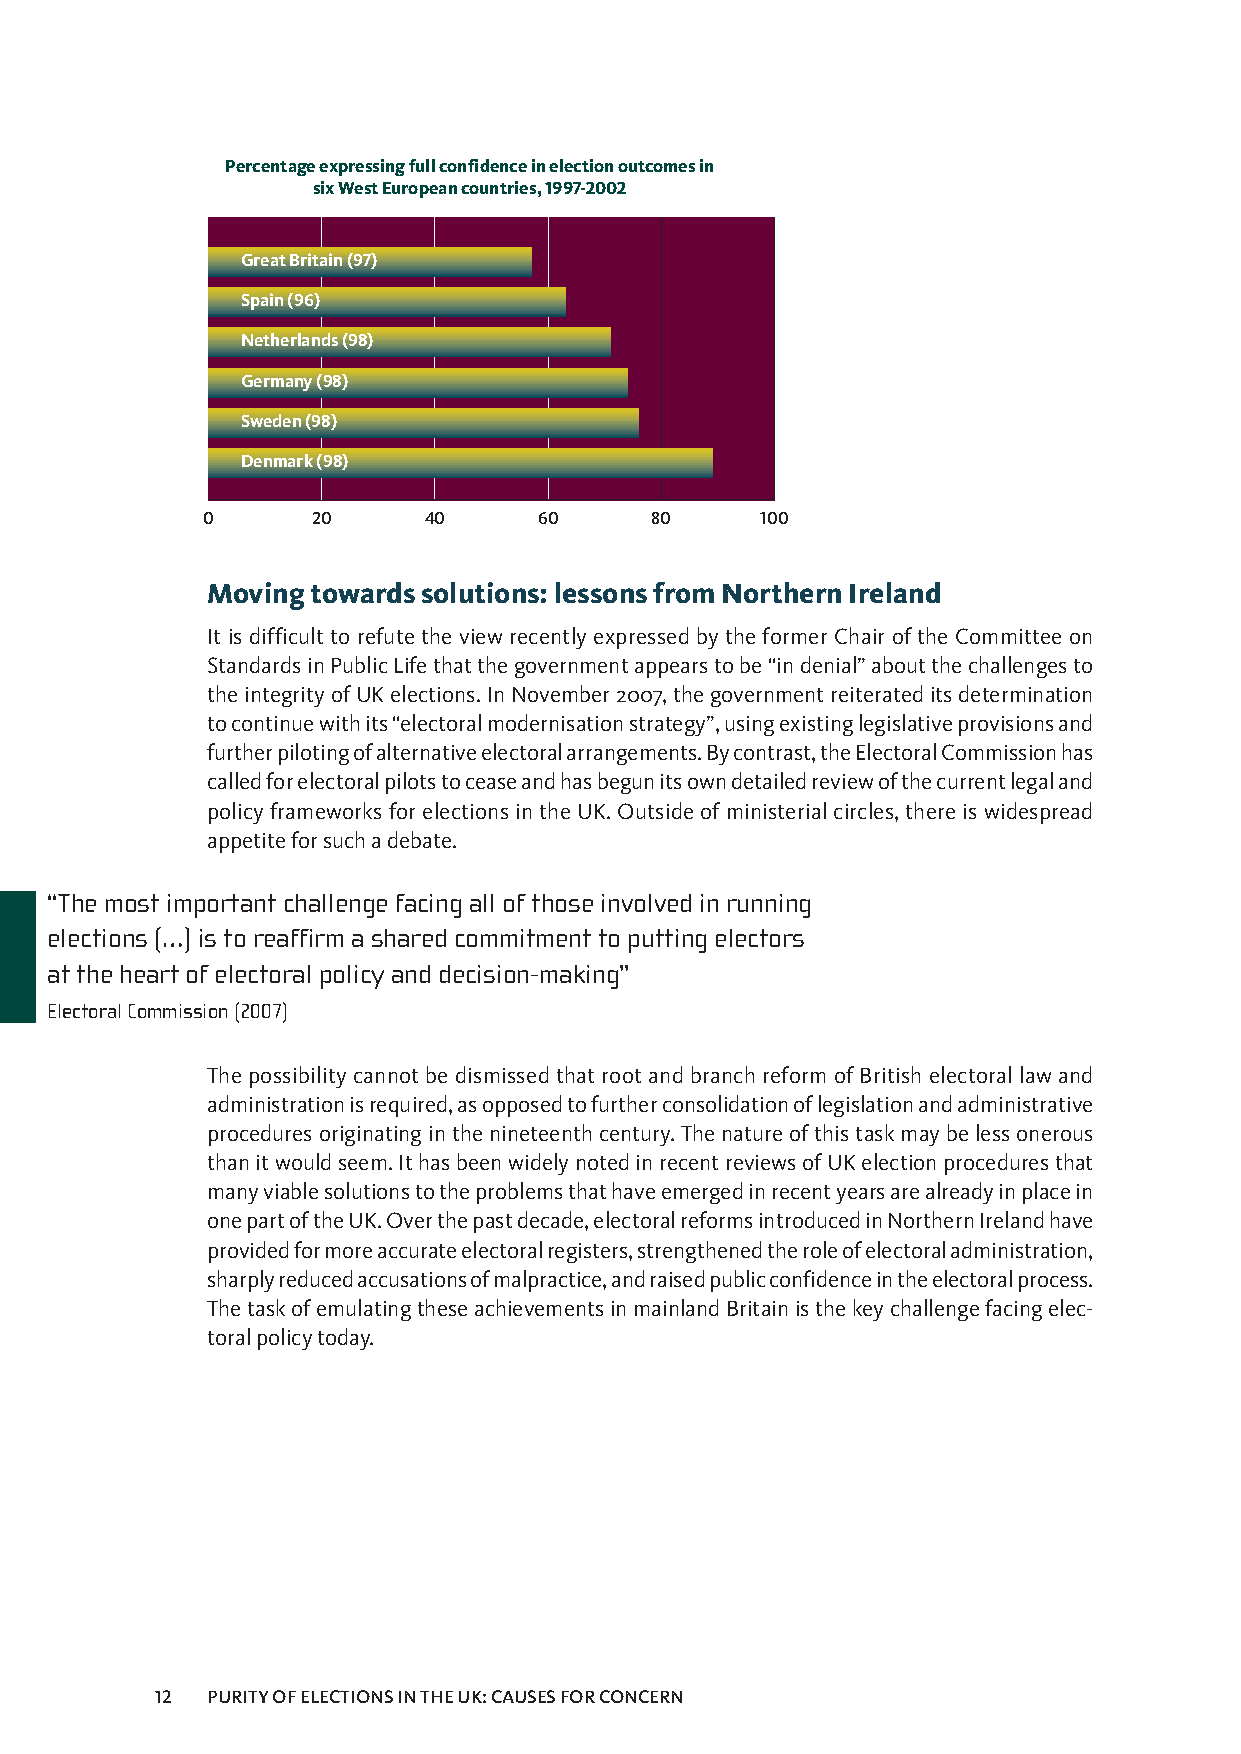
Percentageexpressingfullconfidenceinelectionoutcomesin
 sixWestEuropeancountries,1997-2002
 GreatBritain(97)
 Spain(96)
 Netherlands(98)
 Germany(98)
 Sweden(98)
 Denmark(98)
 0       20     40      60     80     100
 Movingtowardssolutions:lessonsfromNorthernIreland
 ItisdifficulttorefutetheviewrecentlyexpressedbytheformerChairoftheCommitteeon
 StandardsinPublicLifethatthegovernmentappearstobe“indenial”aboutthechallengesto
 theintegrityofUKelections.InNovember2007,thegovernmentreiterateditsdetermination
 tocontinuewithits“electoralmodernisationstrategy”,usingexistinglegislativeprovisionsand
 furtherpilotingofalternativeelectoralarrangements.Bycontrast,theElectoralCommissionhas
 calledforelectoralpilotstoceaseandhasbegunitsowndetailedreviewofthecurrentlegaland
 policyframeworksforelectionsintheUK.Outsideofministerialcircles,thereiswidespread
 appetiteforsuchadebate.
 “The most important challenge facing all of those involved in running
 elections (…) is to reaffirm a shared commitment to putting electors
 at the heart of electoral policy and decision-making”
 ElectoralCommission(2007)
 ThepossibilitycannotbedismissedthatrootandbranchreformofBritishelectorallawand
 administrationisrequired,asopposedtofurtherconsolidationoflegislationandadministrative
 proceduresoriginatinginthenineteenthcentury.Thenatureofthistaskmaybelessonerous
 thanitwouldseem.IthasbeenwidelynotedinrecentreviewsofUKelectionproceduresthat
 manyviablesolutionstotheproblemsthathaveemergedinrecentyearsarealreadyinplacein
 onepartoftheUK.Overthepastdecade,electoralreformsintroducedinNorthernIrelandhave
 providedformoreaccurateelectoralregisters,strengthenedtheroleofelectoraladministration,
 sharplyreducedaccusationsofmalpractice,andraisedpublicconfidenceintheelectoralprocess.
 ThetaskofemulatingtheseachievementsinmainlandBritainisthekeychallengefacingelec-
 toralpolicytoday.
 12  PURITYOFELECTIONSINTHEUK:CAUSESFORCONCERN